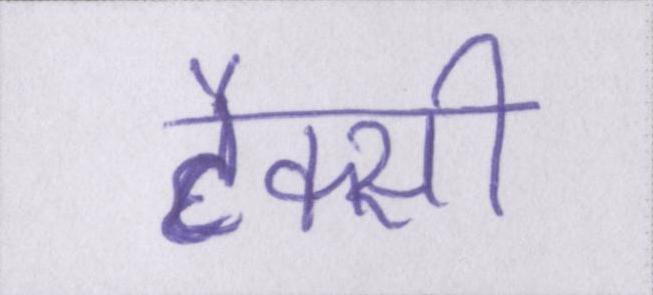
टैक्सी